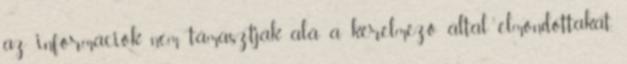
az információk nem támasztják alá a kérelmező által elmondottakat,